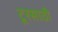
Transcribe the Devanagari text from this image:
टूरसाठी